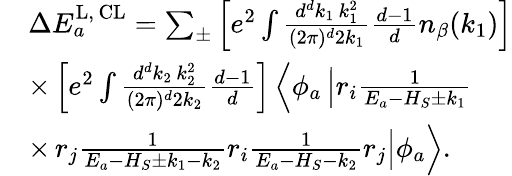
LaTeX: \begin{array}{rl}&{\Delta E_{a}^{\mathrm{L,\, CL}}=\sum_{\pm}\left[e^{2}\int\frac{d^{d}k_{1}\, k_{1}^{2}}{(2\pi)^{d}2k_{1}}\frac{d-1}{d}n_{\beta}(k_{1})\right]}\\ &{\times\left[e^{2}\int\frac{d^{d}k_{2}\, k_{2}^{2}}{(2\pi)^{d}2k_{2}}\frac{d-1}{d}\right]\left\langle\phi_{a}\left|r_{i}\frac{1}{E_{a}-H_{S}\pm k_{1}}\right.\right.}\\ &{\times\left.\left.r_{j}\frac{1}{E_{a}-H_{S}\pm k_{1}-k_{2}}r_{i}\frac{1}{E_{a}-H_{S}-k_{2}}r_{j}\right|\phi_{a}\right\rangle.}\end{array}